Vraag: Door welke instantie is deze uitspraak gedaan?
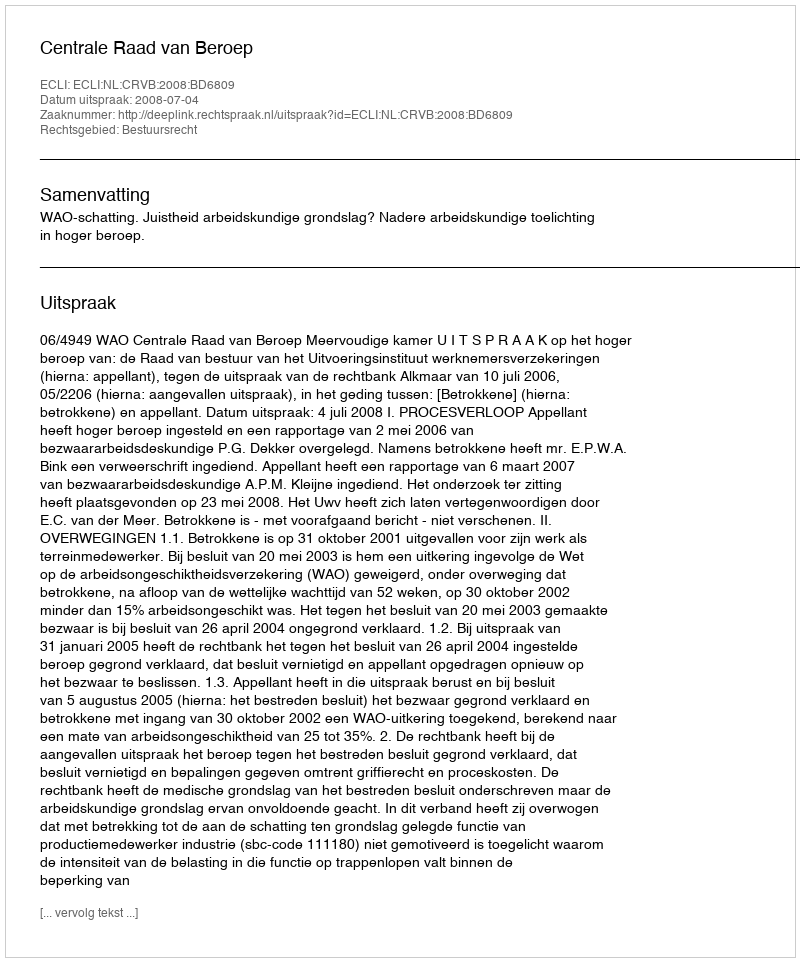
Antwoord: Centrale Raad van Beroep